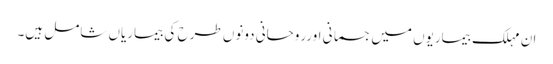
ان مہلک بیماریوں میں جسمانی اورروحانی دونوں طرح کی بیماریاں شامل ہیں۔